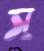
স্